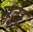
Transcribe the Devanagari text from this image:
नईर